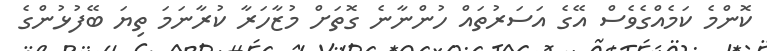
ކޮންމެ ކަމެއްގެވެސް އޭގެ އަސަރުތައް ހުންނާނެ ގޮތަށް މުޒާހަރާ ކުރާނަމަ ތިޔަ ބޭފުޅުންގެ